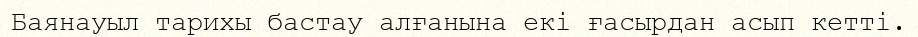
Баянауыл тарихы бастау алғанына екі ғасырдан асып кетті.